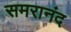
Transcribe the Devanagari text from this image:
समरानंद